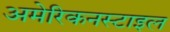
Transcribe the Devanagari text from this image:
अमेरिकनस्टाइल